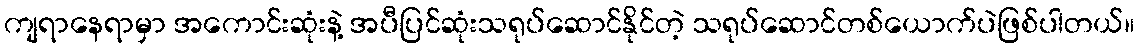
ကျရာနေရာမှာ အကောင်းဆုံးနဲ့ အပီပြင်ဆုံးသရုပ်ဆောင်နိုင်တဲ့ သရုပ်ဆောင်တစ်ယောက်ပဲဖြစ်ပါတယ်။